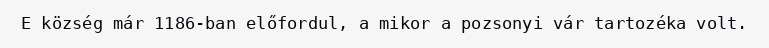
E község már 1186-ban előfordul, a mikor a pozsonyi vár tartozéka volt.